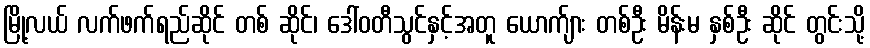
မြို့လယ် လက်ဖက်ရည်ဆိုင် တစ် ဆိုင်၊ ဒေါ်ဝတီသွင်နှင့်အတူ ယောက်ျား တစ်ဦး မိန်းမ နှစ်ဦး ဆိုင် တွင်းသို့